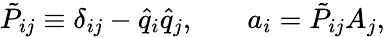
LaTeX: \begin{array}{rlr}{\tilde{P}_{ij}\equiv\delta_{ij}-\hat{q}_{i}\hat{q}_{j},}&{{}}&{a_{i}=\tilde{P}_{ij}A_{j},}\end{array}